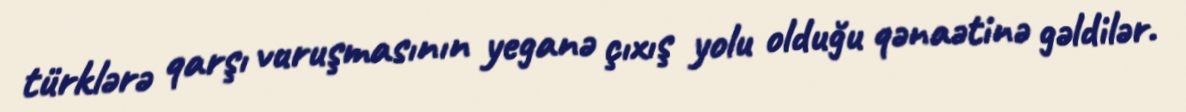
türklərə qarşı vuruşmasının yeganə çıxış yolu olduğu qənaətinə gəldilər.